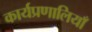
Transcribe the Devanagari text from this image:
कार्यप्रणालियाँ